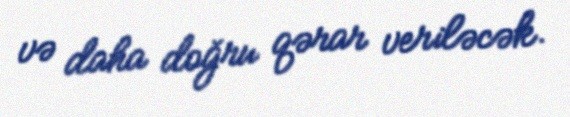
və daha doğru qərar veriləcək.